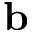
\mathbf { b }